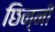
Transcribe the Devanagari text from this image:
छिन्‍नी